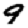
Digit: 9